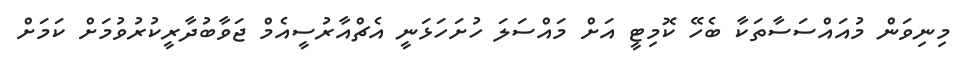
މިނިވަން މުއައްސަސާތަކާ ބެހޭ ކޮމިޓީ އަށް މައްސަލަ ހުށަހަޅަނީ އެޗްއާރުސީއެމް ޖަވާބުދާރީކުރުވުމަށް ކަމަށް